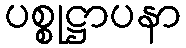
ပစ္စုဋ္ဌာပနာ